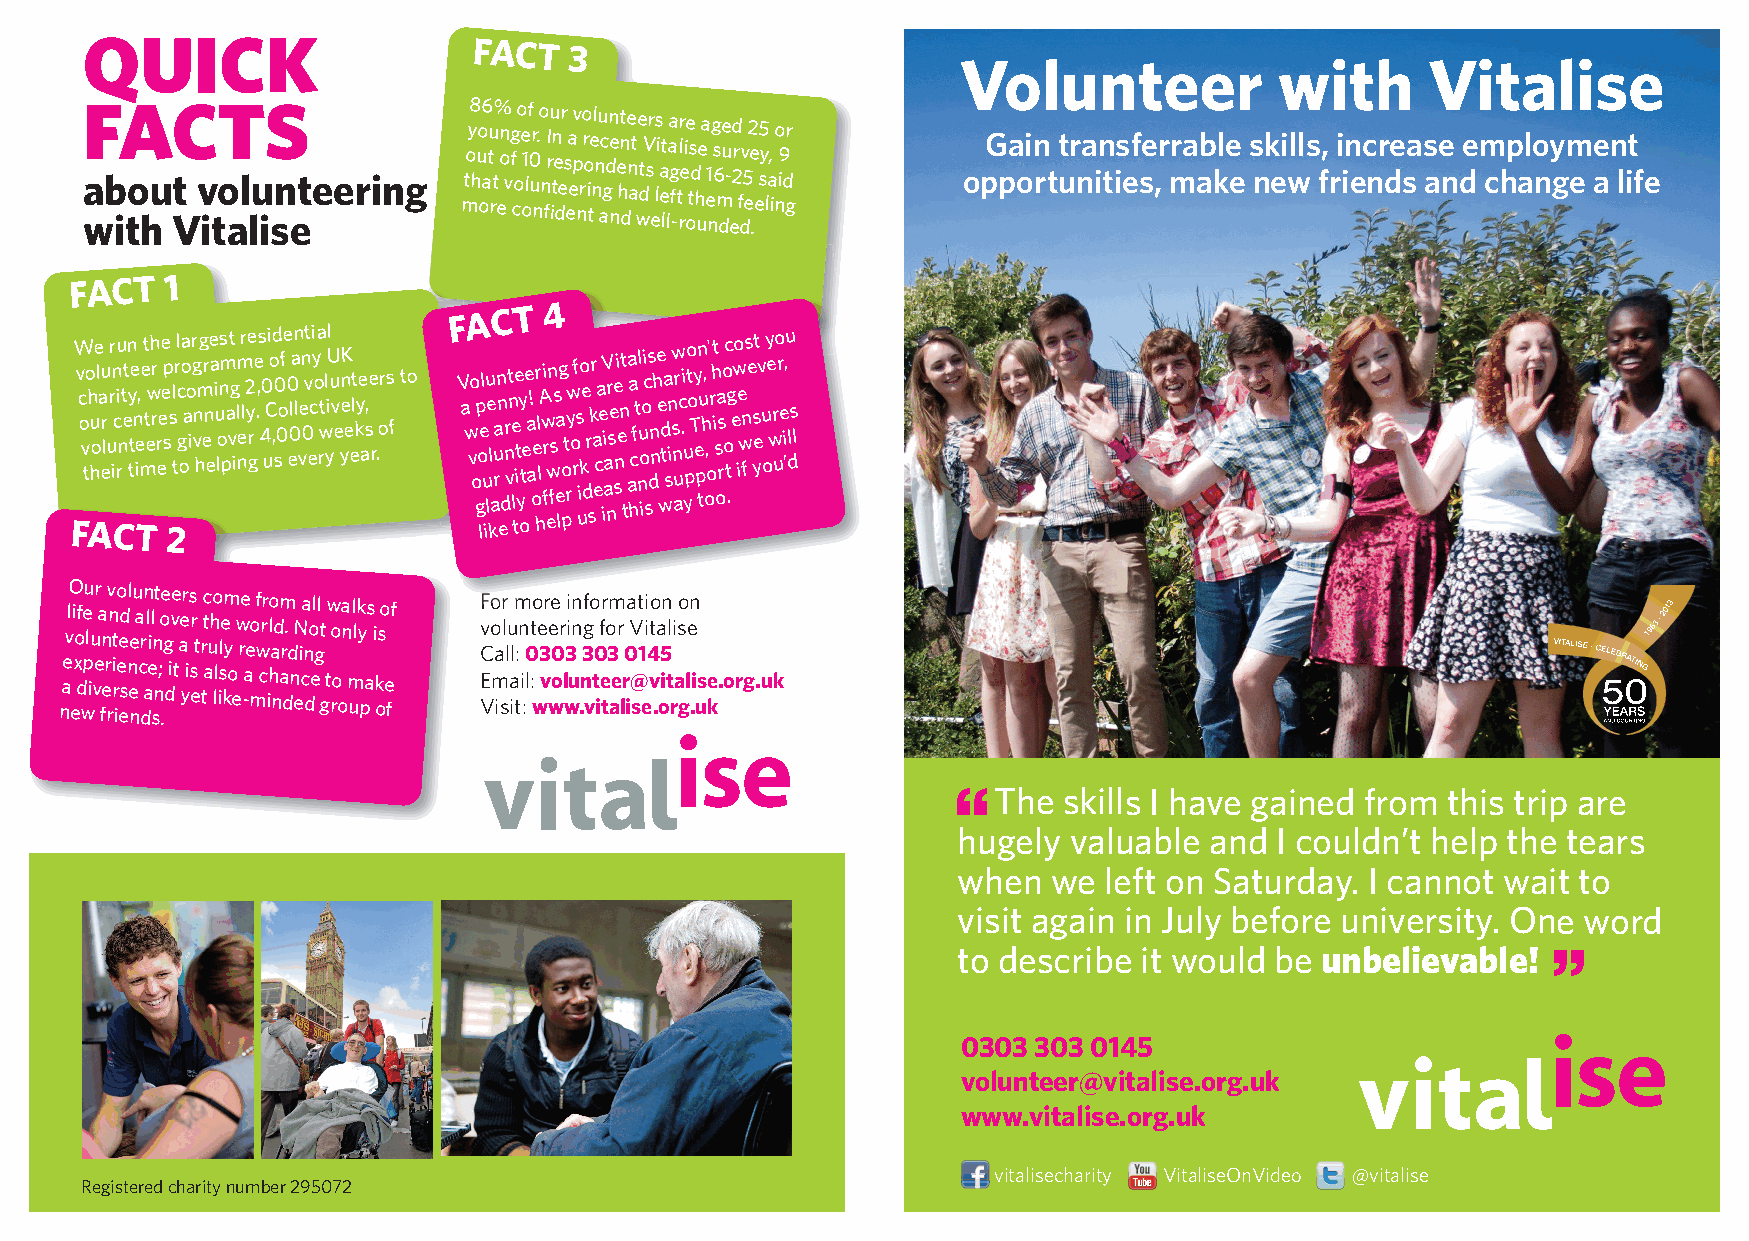
QUICK
 FACT
 3
 Volunteer            with      Vitalise
 F a wb iA to hu C Vt v itT o al lu iS sn eteering mtoy8 huo o6 atu rt% e on v fg c oo e 1 olf 0 ur n .o n firIu tn e der s ea ev p n ro r o i te nl nu ac gdn ne e hnt de n at we t dV sr el s i a e lt laa g f -tl rr e i oe ts d h uea e1
 n
 g s 6 m de u - e2d r f dv 5 e2 e
 .
 es5 y la, i o ni9 dr g opG pa oin rt t ur na in tis ef se ,r mra ab kle e s nk ei wlls f, ri in ec nr de sa s ae n de m chp alo ny gm e ae n lit fe
 FACT  1
 FACT  4
 FW v c o v to Ah hu oe l a eru l u rr Cin c riu nt et n y tte Tn ie, me t t ewh r r r ee e ep s
 2
 s l t rl c g oa o ao i r g vn hmg er n ee a i u lons m pa vt g i lm e nr l2 ye r ge .,s 4 0 u Ci o ,d 0 s0ofe 0 el 0an l ve n 0vt eci y o a rt w l yiUl u v e yn eK e elt kye as,e r .ors f to V a w vo o gp o lel u iu le l
 k
 au ran n
 e
 dr n vt n e
 l
 te it yy ot ee a a! oe r hl lA wi ffr ewn ss ea lg o
 p
 t ryw o r f s uio k e
 d
 r sk r a eca e iV i aar nsee sni e nt
 t
 a aa hc ftl nu o ioi c ss dn n h e e
 w
 d ta s n isw n aur c .i yu p o t o Ty e pn tu h, o, o ' rh it s oa s r o oc t
 .
 g e wo ie wn fs e s yet v u o y e wr uo r e i, ’u dls l
 vlO i ofeu lu r a n v n to edl e u a rn l il nt oe gve aer s r t rtc uho lem y w re eo f wrr lo adm r. d N ia nol gl t w oa nl lk ys i sof F v Co o ar l lu lm :n 0to e 3r ee 0r 3ii nn 3gfo 0 fr o 3m r 0 a Vt 1ii 4to a 5n li so en
 nae e x d wp ive fer ri r ie esn e nc dae sn; . dit yis e ta ll is ko e -a m c ih na dn ec de g t ro o m upa k oe f E Vm isa iti :l : w v wol wu .n vt ie tae lr i@ sev .oit ra gl .i use k.org.uk
 “The   skills I have gained from this trip are
 hugely  valuable and I couldn’t help the tears
 when   we left on Saturday. I cannot wait to
 visit again in July before university. One word
 “
 to describe it would be unbelievable!
 0303 303 0145
 volunteer@vitalise.org.uk
 www.vitalise.org.uk
 vitalisecharity VitaliseOnVideo @vitalise
 Registered charity number 295072